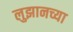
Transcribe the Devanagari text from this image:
लुझानच्या